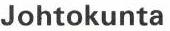
Johtokunta